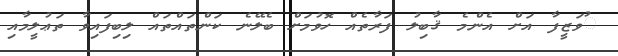
ުވަޒީފާ އަށް އެންމެ ޤާބިލު ފަރާތެއް ހޮވުމަށް ބެލޭނެ ކަންތައްތައް ލިބިފައިވާ ތަޢުލީމާއި